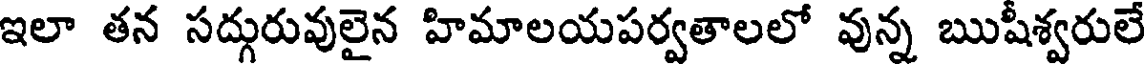
ఇలా తన సద్గురువులైన హిమాలయపర్వతాలలో వున్న ఋషీశ్వరులే